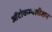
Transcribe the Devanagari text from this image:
ऑटोकम्पलीशन